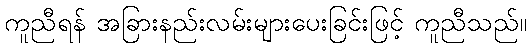
ကူညီရန် အခြားနည်းလမ်းများပေးခြင်းဖြင့် ကူညီသည်။